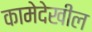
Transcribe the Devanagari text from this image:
कामेदेखील